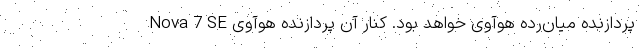
پردازنده میان‌رده هوآوی خواهد بود. کنار آن پردازنده هوآوی Nova 7 SE